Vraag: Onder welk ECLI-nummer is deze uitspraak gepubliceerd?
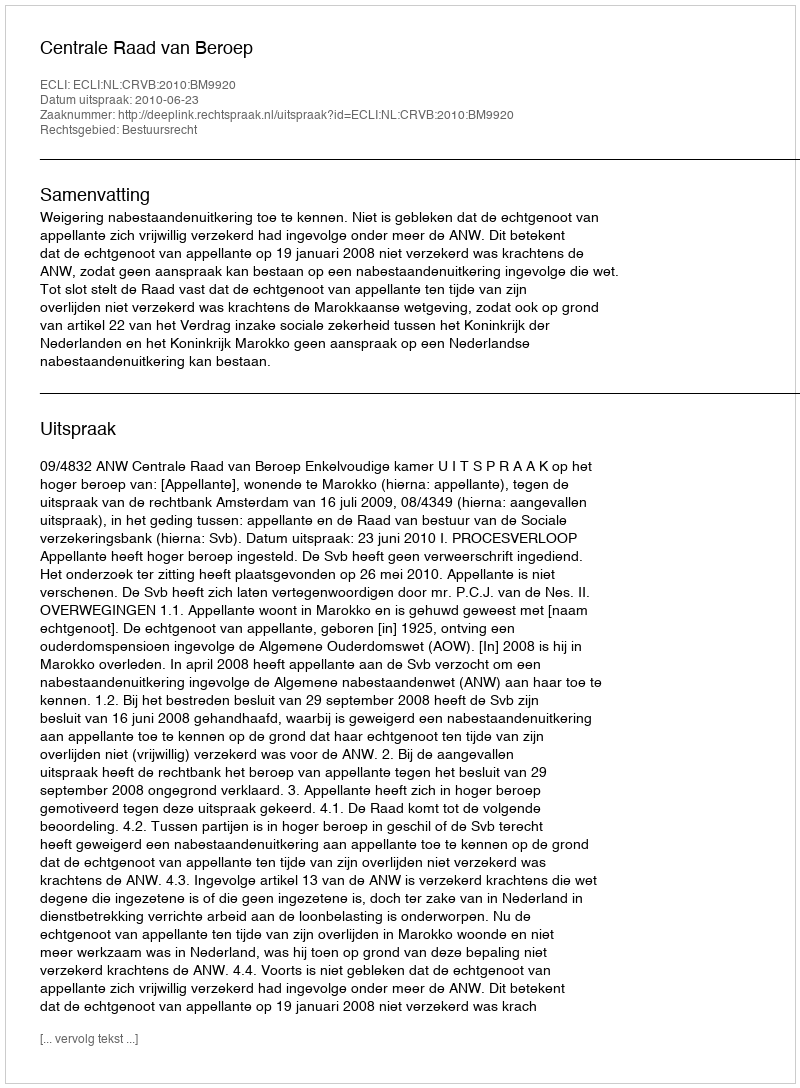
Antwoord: ECLI:NL:CRVB:2010:BM9920